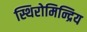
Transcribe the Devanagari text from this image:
स्थिरोमिन्द्रिय